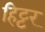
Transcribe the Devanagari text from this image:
हिट्टर